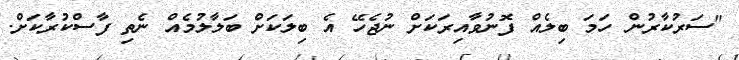
"ސަރުކާރުން ހަމަ ބިލެއް ފޮނުވާއިރަކަށް ނުޖެހޭ އެ ބިލަކަށް ބަލާލުމެއް ނެތި ފާސްކުރާކަށް.